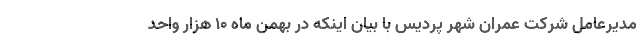
مدیرعامل شرکت عمران شهر پردیس با بیان اینکه در بهمن ماه 10 هزار واحد